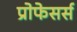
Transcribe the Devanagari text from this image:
प्रोफेसर्स